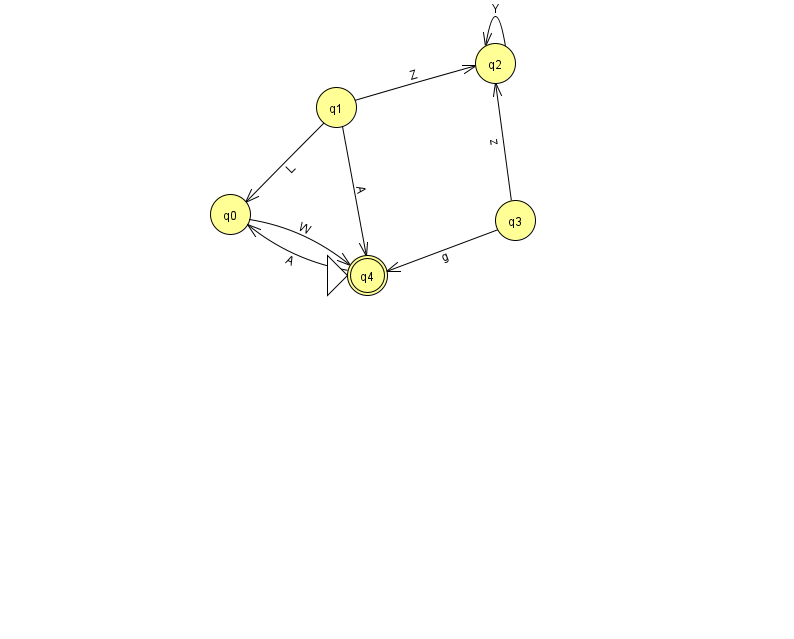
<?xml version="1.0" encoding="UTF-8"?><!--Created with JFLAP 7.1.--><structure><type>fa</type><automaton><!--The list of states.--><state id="0" name="q0"><x>230.0</x><y>201.0</y></state><state id="1" name="q1"><x>336.0</x><y>94.0</y></state><state id="2" name="q2"><x>495.0</x><y>50.0</y></state><state id="3" name="q3"><x>515.0</x><y>207.0</y></state><state id="4" name="q4"><x>367.0</x><y>262.0</y><initial/><final/></state><!--The list of transitions.--><transition><from>1</from><to>2</to><read>Z</read></transition><transition><from>3</from><to>4</to><read>g</read></transition><transition><from>1</from><to>0</to><read>L</read></transition><transition><from>4</from><to>0</to><read>A</read></transition><transition><from>0</from><to>4</to><read>W</read></transition><transition><from>2</from><to>2</to><read>Y</read></transition><transition><from>3</from><to>2</to><read>z</read></transition><transition><from>1</from><to>4</to><read>A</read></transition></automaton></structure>